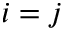
i = j